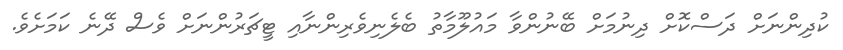
ކުދިންނަށް ދަސްކޮށް ދިނުމަށް ބޭނުންވާ މައުލޫމާތު ބެލެނިވެރިންނާއި ޓީޗަރުންނަށް ވެސް ދޭނެ ކަމަށެވެ.